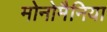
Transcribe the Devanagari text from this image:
मोनोमैनिया